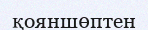
қояншөптен